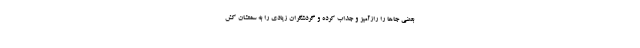
بعضی جاها را رازآمیز و جذاب کرده و گردشگران زیادی را به سمتشان کش